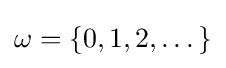
\omega =\{0,1,2,\dots \}